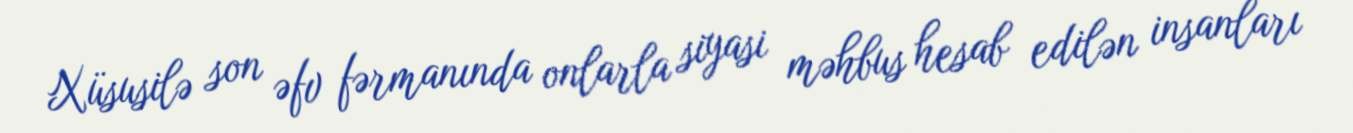
Xüsusilə son əfv fərmanında onlarla siyasi məhbus hesab edilən insanları